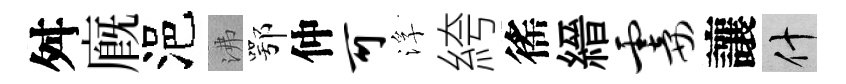
舛廐浥沸鄂仲可浮絝徭縉霎讓什